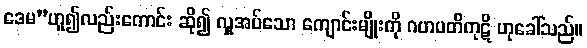
ဒေမ”ဟူ၍လည်းကောင်း ဆို၍ လှူအပ်သော ကျောင်းမျိုးကို ဂဟပတိကုဋိ ဟုခေါ်သည်။